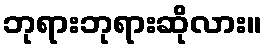
ဘုရားဘုရားဆိုလား။